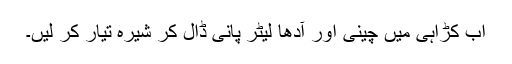
اب کڑاہی میں چینی اور آدھا لیٹر پانی ڈال کر شیرہ تیار کر لیں۔